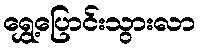
ရွှေ့ပြောင်းသွားလာ